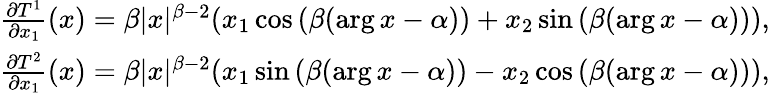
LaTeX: \begin{array}{r}{\frac{\partial T^{1}}{\partial x_{1}}(x)=\beta|x|^{\beta-2}(x_{1}\cos{(\beta(\arg x-\alpha))}+x_{2}\sin{(\beta(\arg x-\alpha))}),}\\ {\frac{\partial T^{2}}{\partial x_{1}}(x)=\beta|x|^{\beta-2}(x_{1}\sin{(\beta(\arg x-\alpha))}-x_{2}\cos{(\beta(\arg x-\alpha))}),}\end{array}